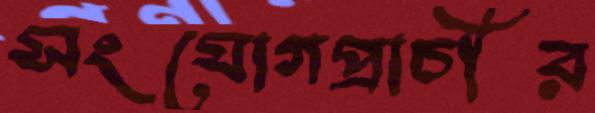
সংযোগপ্রাচীর